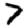
Digit: 7